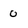
Character: o